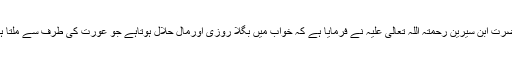
حضرت ابن سیرین رحمتہ اللہ تعالیٰ علیہ نے فرمایا ہے کہ خواب میں بگلا روزی اورمال حلال ہوتاہے جو عورت کی طرف سے ملتا ہے۔